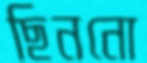
ছিননো